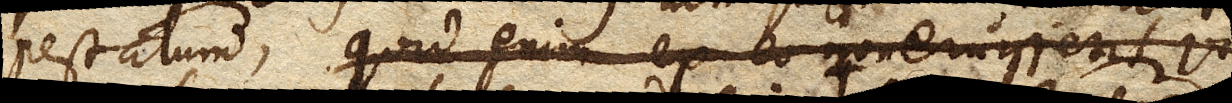
pestatum, quid enim ex eo non eruissent vi